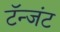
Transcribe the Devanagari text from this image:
टॅन्जंट